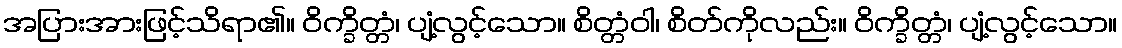
အပြားအားဖြင့်သိရာ၏။ ဝိက္ခိတ္တံ၊ ပျံ့လွင့်သော။ စိတ္တံဝါ၊ စိတ်ကိုလည်း။ ဝိက္ခိတ္တံ၊ ပျံ့လွင့်သော။